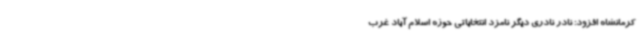
کرمانشاه افزود: نادر نادری دیگر نامزد انتخاباتی حوزه اسلام آباد غرب